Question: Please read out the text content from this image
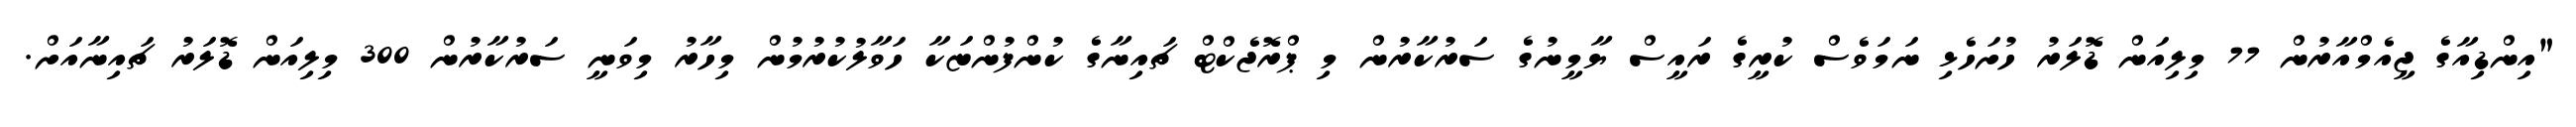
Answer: "އިންޑިއާގެ ޖީއެމްއާރުން 77 މިލިއަން ޑޮލަރު ހުށަހެޅި ނަމަވެސް ކުރީގެ ރައީސް ޔާމީނުގެ ސަރުކާރުން މި ޕްރޮޖެކްޓް ޗައިނާގެ ކުންފުންޏަކާ ހަވާލުކުރުމުން މިހާރު މިވަނީ ސަރުކާރުން 300 މިލިއަން ޑޮލަރު ޗައިނާއަށް.